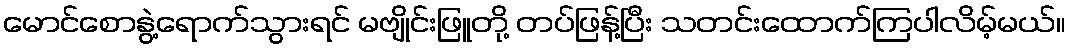
မောင်စောနွဲ့ရောက်သွားရင် မဗျိုင်းဖြူတို့ တပ်ဖြန့်ပြီး သတင်းထောက်ကြပါလိမ့်မယ်။